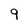
Character: 9